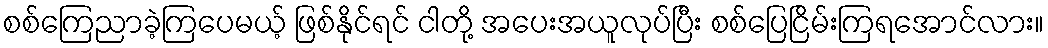
စစ်ကြေညာခဲ့ကြပေမယ့် ဖြစ်နိုင်ရင် ငါတို့ အပေးအယူလုပ်ပြီး စစ်ပြေငြိမ်းကြရအောင်လား။